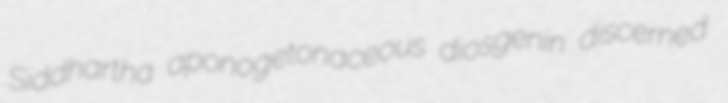
Siddhartha aponogetonaceous diosgenin discerned